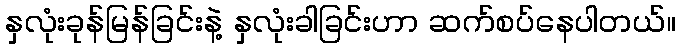
နှလုံးခုန်မြန်ခြင်းနဲ့ နှလုံးခါခြင်းဟာ ဆက်စပ်နေပါတယ်။